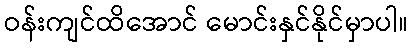
ဝန်းကျင်ထိအောင် မောင်းနှင်နိုင်မှာပါ။